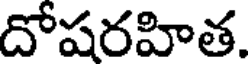
దోషరహిత.